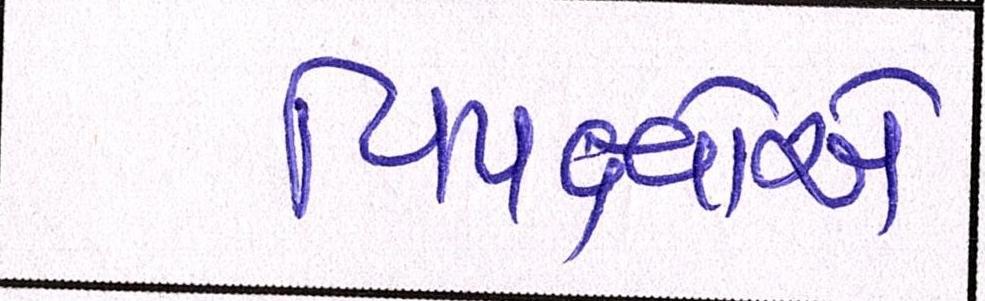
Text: વિપક્ષોએ